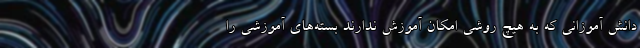
دانش آموزانی که به هیچ روشی امکان آموزش ندارند بسته‌های آموزشی را